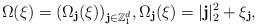
LaTeX: \begin{align*}\Omega(\xi)=(\Omega_\textbf{j}(\xi))_{\textbf{j}\in\mathbb{Z}^d_1},\Omega_\textbf{j}(\xi)=|\textbf{j}|_2^2+\xi_{\textbf{j}},\end{align*}